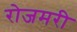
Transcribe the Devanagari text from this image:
रोजमरी